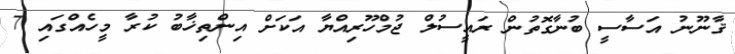
ޤާނޫނު އަސާސީ ބުނާގޮތުން ރައީސުލް ޖުމްހޫރިއްޔާ އަކަށް އިންތިޚާބު ކުރާ މީހެއްގައި 7